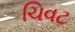
ચિવટ